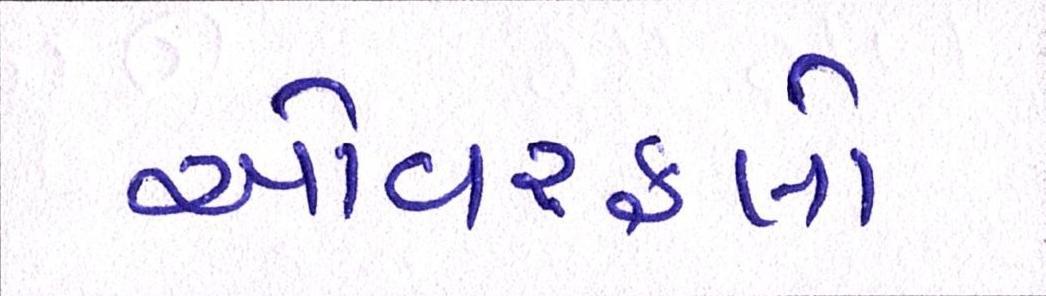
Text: ઓવરફ્લો